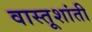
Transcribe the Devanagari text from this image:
वास्तूशांती